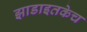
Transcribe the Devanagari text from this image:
झाडाइतकेच